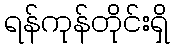
ရန်ကုန်တိုင်းရှိ